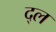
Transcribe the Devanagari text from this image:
द्ल